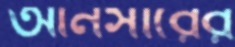
আনসারের